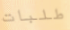
طلبات